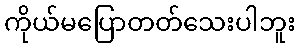
ကိုယ်မပြောတတ်သေးပါဘူး